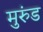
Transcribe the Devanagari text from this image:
मुरुंड